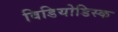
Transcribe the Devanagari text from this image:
विडियोडिस्क